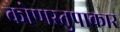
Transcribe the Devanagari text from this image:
कोणस्तुपाकार